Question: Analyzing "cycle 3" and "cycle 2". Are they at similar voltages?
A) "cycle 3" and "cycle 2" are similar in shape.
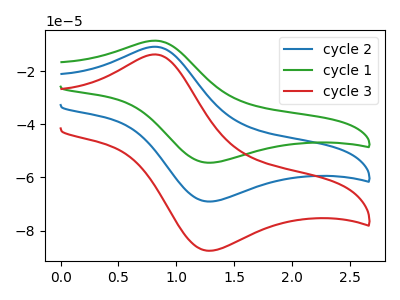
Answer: <think>The blue curve "cycle 2" has an anodic peak at (0.80V, -10.80uA) and a cathodic peak at (1.30V, -69.05uA). The green curve "cycle 1" has an anodic peak at (0.80V, -21.60uA) and a cathodic peak at (1.30V, -138.10uA). The red curve "cycle 3" has an anodic peak at (0.80V, -13.70uA) and a cathodic peak at (1.30V, -87.55uA).
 All the peaks in "cycle 3" have a peak in "cycle 2" at the same potential.</think>
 <answer>A) "cycle 3" and "cycle 2" are similar in shape.</answer>
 <eval>A</eval>